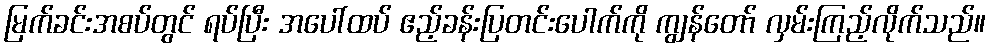
မြက်ခင်းအစပ်တွင် ရပ်ပြီး အပေါ်ထပ် ဧည့်ခန်းပြတင်းပေါက်ကို ကျွန်တော် လှမ်းကြည့်လိုက်သည်။